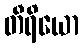
တီရိယော